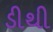
ડીથી